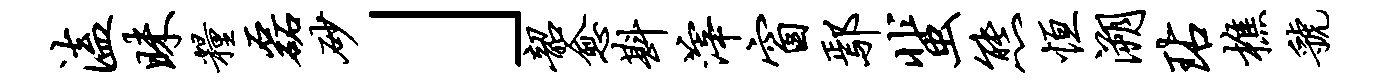
溘昧粮磊砂」韶愈斟滓窗鄢蜚熊恒溯玷樵虢